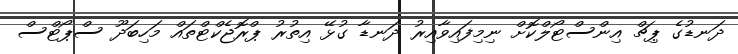
ދަނޑުގެ ޕިޗް އިންސްޓޯލްކޮށް ނިމިފައިވާއިރު ދަނޑާ ގުޅޭ އިތުރު ޕްރޮޖެކްޓްތައް މަހިބަދޫ ސްޕޯޓްސް